Annual report on the working of the lock hospitals in the Central Provinces
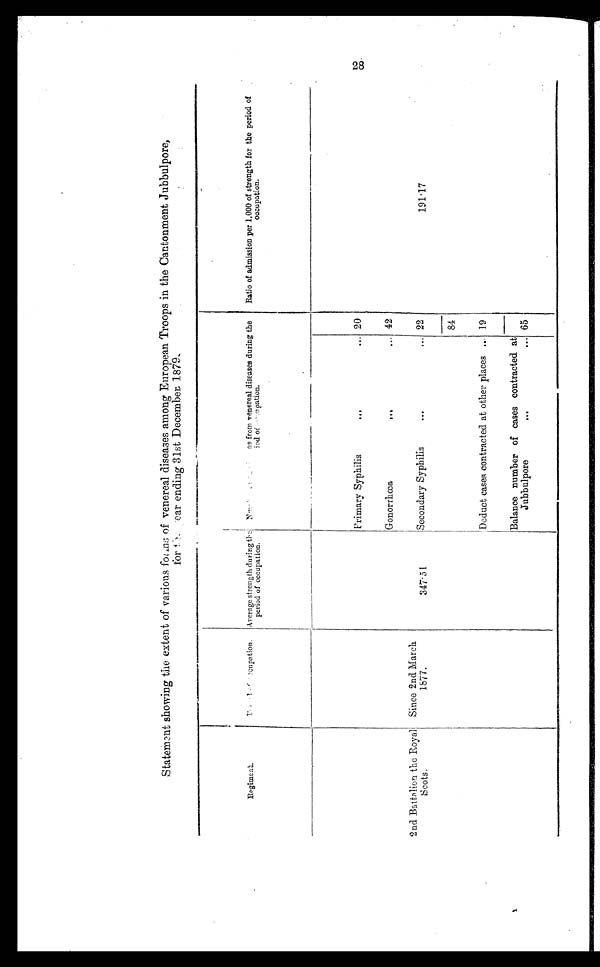
28
Statement showing the extent of various forms of venereal diseases among European Troops in the Cantonment Jubbulpore,
for the Year ending 31st Decembet. 1879.
R e g i m e n t .
Period of occupation. Average strength during the
period of occupation.
Nomber of as from venereal diseases during the
period of occupation.
Ratio of admission per 1,000 of strength for the period of
occupation.
Primary Syphilis
20
Gonorrhœa
... ... 42
2nd Battalion the Royal
Scots,
Since 2nd March
1877.
3 4 7 . 5 1 .
Secondary Syphilis
...
... 22
191.17
84
Deduct cases contracted at other places ... 19
Balance number of cases contracted at
Jubbulpore
...
... 65